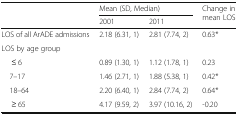
<table><thead><tr><td rowspan="2"></td><td colspan="2"><b>Mean (SD, Median)</b></td><td rowspan="2"><b>Change in mean LOS</b></td></tr><tr><td><b>2001</b></td><td><b>2011</b></td></tr></thead><tbody><tr><td>LOS of all ArADE admissions</td><td>2.18 (6.31, 1)</td><td>2.81 (7.74, 2)</td><td>0.63*</td></tr><tr><td colspan="4">LOS by age group</td></tr><tr><td>≤ 6</td><td>0.89 (1.30, 1)</td><td>1.12 (1.78, 1)</td><td>0.23</td></tr><tr><td> 7–17</td><td>1.46 (2.71, 1)</td><td>1.88 (5.38, 1)</td><td>0.42*</td></tr><tr><td> 18–64</td><td>2.20 (6.40, 1)</td><td>2.84 (7.74, 2)</td><td>0.64*</td></tr><tr><td>≥ 65</td><td>4.17 (9.59, 2)</td><td>3.97 (10.16, 2)</td><td>-0.20</td></tr></tbody></table>